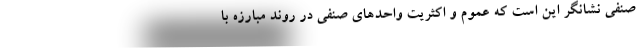
صنفی نشانگر این است که عموم و اکثریت واحدهای صنفی در روند مبارزه با